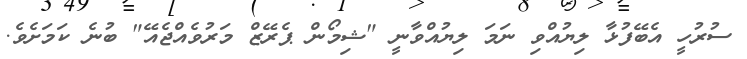
ސުރުހީ އެބޭފުޅާ ލިޔުއްވި ނަމަ ލިޔުއްވާނީ "ޝިމޯން ޕެރޭޒް މަރުވެއްޖެއޭ" ބުނެ ކަމަށެވެ.